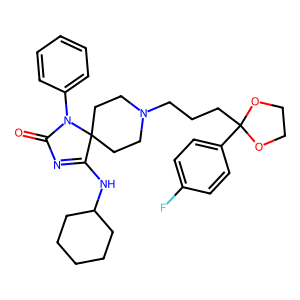
SMILES: O=C1N=C(NC2CCCCC2)C2(CCN(CCCC3(c4ccc(F)cc4)OCCO3)CC2)N1c1ccccc1
Inhibits HIV replication: No